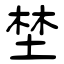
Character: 埜